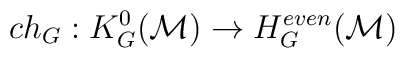
ch_{G} : K^{0}_{G}({\cal M}) \to H^{even}_{G}({\cal M})